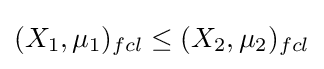
(X_{1},\mu _{1})_{fcl}\leq (X_{2},\mu _{2})_{fcl}